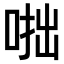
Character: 𠶯